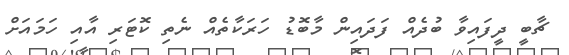
ޗާބީ ދީފައިވާ ބުދެއް ފަދައިން މާބޮޑު ހަރަކާތެއް ނެތި ކޮޓަރި އާއި ހަމައަށް